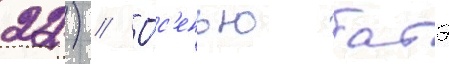
22) // О́с'енью батэ